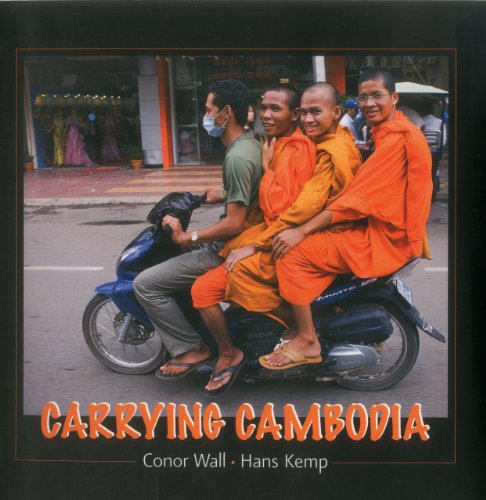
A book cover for Carrying Cambodia; Hans Kemp; Engineering & Transportation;